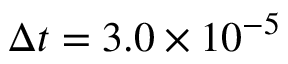
\Delta t = 3 . 0 \times 1 0 ^ { - 5 }